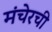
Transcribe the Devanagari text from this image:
मंचेरची